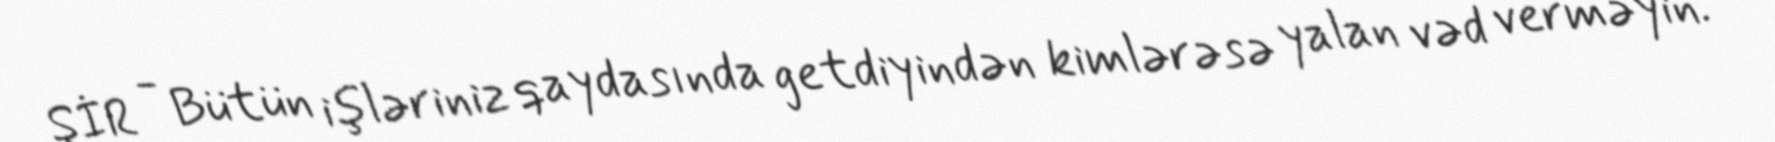
ŞİR - Bütün işləriniz qaydasında getdiyindən kimlərəsə yalan vəd verməyin.